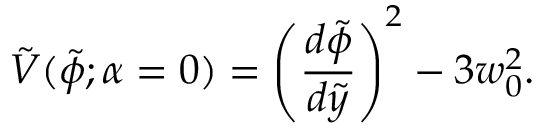
\tilde { V } ( \tilde { \phi } ; { \alpha = 0 } ) = \left( { \frac { d \tilde { \phi } } { d \tilde { y } } } \right) ^ { 2 } - 3 w _ { 0 } ^ { 2 } .